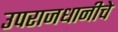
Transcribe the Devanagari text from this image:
उपराजधानीचे